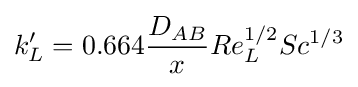
k'_{L}=0.664{D_{AB} \over x}Re_{L}^{1/2}Sc^{1/3}